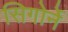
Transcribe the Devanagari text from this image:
सिगोर्ने